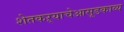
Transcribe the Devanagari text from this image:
शेतकऱ्याचेआसूडकाव्य